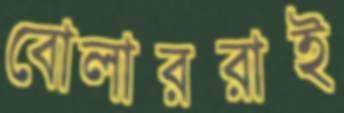
বোলাররাই